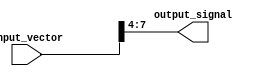
module part_select_continuous_assignment (
    input wire [15:0] input_vector, // 16-bit input vector
    output wire [3:0] output_signal  // 4-bit output signal
);

// Continuously assign a part select from the input vector to the output signal
assign output_signal = input_vector[7:4]; // Selecting bits 7 to 4 from the input vector

endmodule